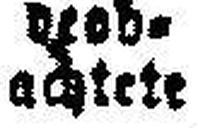
achtete